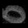
Digit: ၀